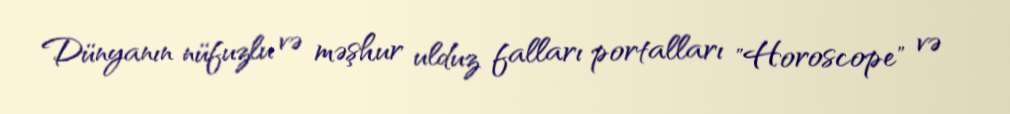
Dünyanın nüfuzlu və məşhur ulduz falları portalları "Horoscope" və